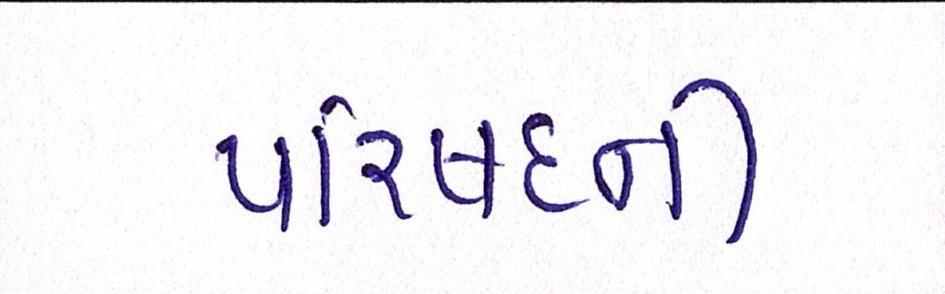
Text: પરિષદની